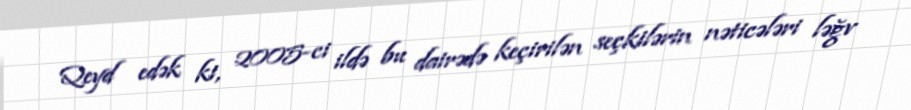
Qeyd edək ki, 2005-ci ildə bu dairədə keçirilən seçkilərin nəticələri ləğv